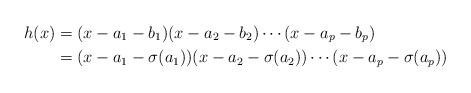
LaTeX: \begin{align*}h(x)&=(x-a_1-b_1)(x-a_2-b_2)\cdots(x-a_p-b_p)\\&=(x-a_1-\sigma (a_1))(x-a_2-\sigma (a_2))\cdots(x-a_p-\sigma(a_p))\end{align*}